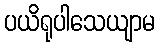
ပယိရုပါသေယျာမ